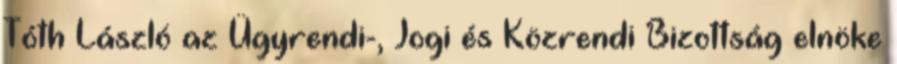
Tóth László az Ügyrendi-, Jogi és Közrendi Bizottság elnöke